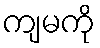
ကျမကို